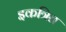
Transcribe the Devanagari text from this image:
इकत्रित